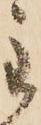
主